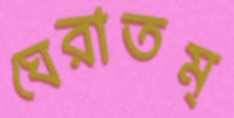
ঘেরাতম্